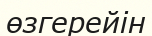
өзгерейін